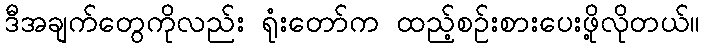
ဒီအချက်တွေကိုလည်း ရုံးတော်က ထည့်စဉ်းစားပေးဖို့လိုတယ်။